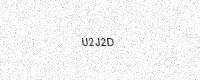
Text: U2J2D